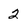
Character: 2